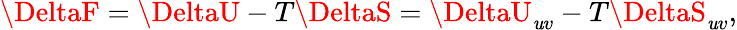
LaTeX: \DeltaF=\DeltaU-T\DeltaS=\DeltaU_{\mathit{u}v}-T\DeltaS_{\mathit{u}v},